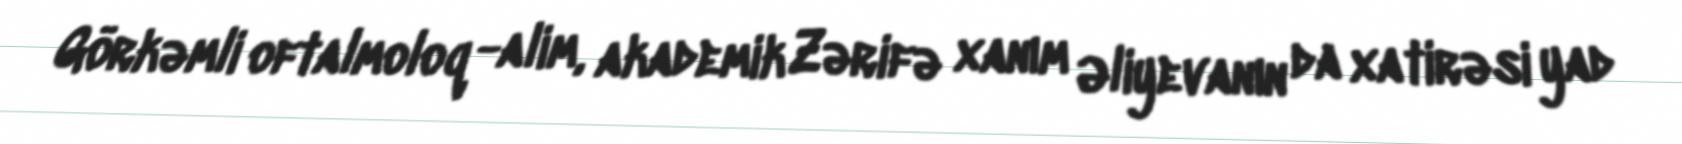
Görkəmli oftalmoloq -alim, akademik Zərifə xanım Əliyevanın da xatirəsi yad